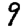
Digit: 9